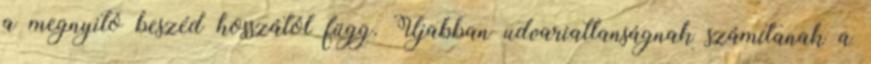
a megnyitó beszéd hosszától függ. Újabban udvariatlanságnak számítanak a